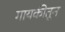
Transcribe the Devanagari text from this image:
गायकीतून